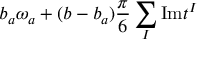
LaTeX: b _ { a } \omega _ { a } + ( b - b _ { a } ) { \frac { \pi } { 6 } } \sum _ { I } \mathrm { I m } t ^ { I }